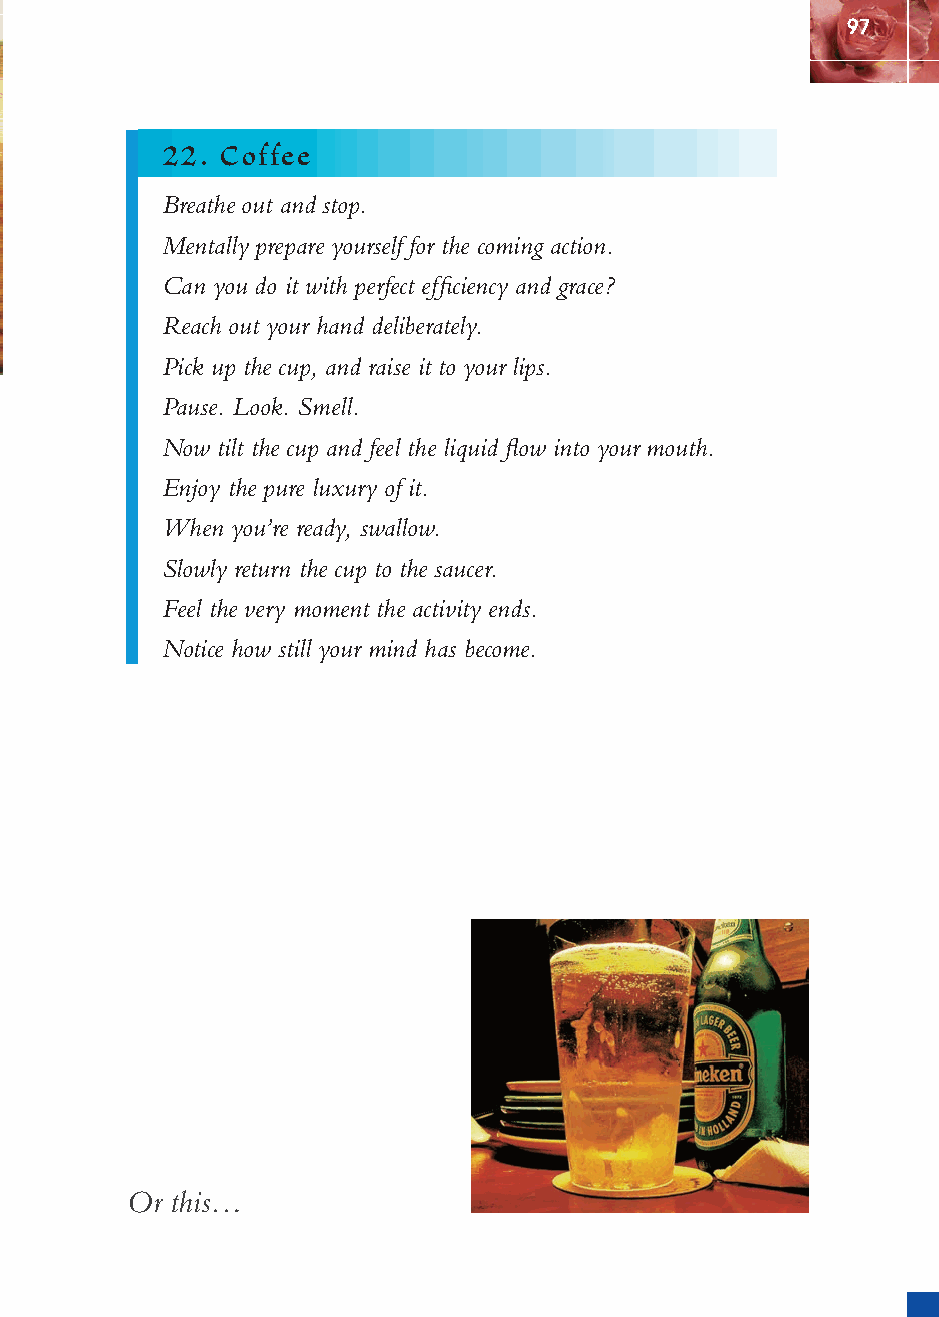
97
 22. Coffee
 Breathe out and stop.
 Mentally prepare yourself for the coming action.
 Can you do it with perfect effi ciency and grace?
 Reach out your hand deliberately.
 Pick up the cup, and raise it to your lips.
 Pause. Look. Smell.
 Now tilt the cup and feel the liquid fl ow into your mouth.
 Enjoy the pure luxury of it.
 When you’re ready, swallow.
 Slowly return the cup to the saucer.
 Feel the very moment the activity ends.
 Notice how still your mind has become.
 Or this…
 ffiivvee__220000667788..iinndddd SSeecc11::110011   3300//55//0055 55::0044::5566 PPMM